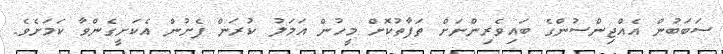
ސަބަބުން އެއްޖިންސުންގެ ބައިވެރިންނަށް ތަފާތުކޮށް މީހުން އަމަލު ކުރަން ފެށުން އެކަށީގެންވާ ކަމަށެވެ.